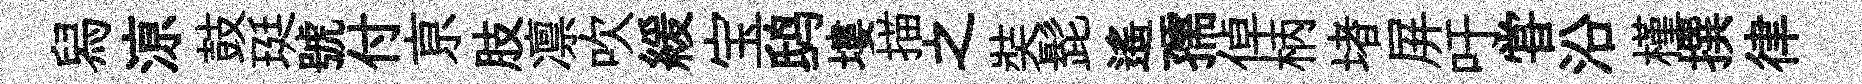
舄鿌鼓珽號付亰肢凛吹緩宝鸱塿描之奘髭遙孺倬柄堵屏吁甞沿槿撰律